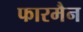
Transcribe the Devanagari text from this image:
फारमैन